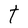
Character: t